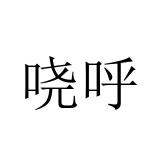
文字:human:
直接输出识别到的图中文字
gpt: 哓呼